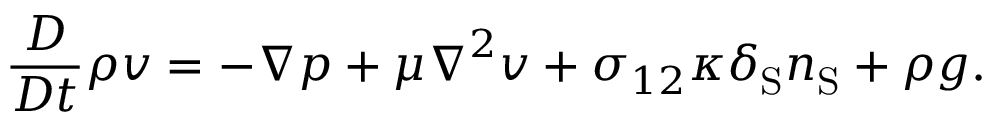
\frac { D } { D t } \rho \boldsymbol { v } = - \boldsymbol { \nabla } p + \mu \boldsymbol { \nabla } ^ { 2 } \boldsymbol { v } + \sigma _ { 1 2 } \kappa \delta _ { \mathrm { { S } } } \boldsymbol { n } _ { \mathrm { { S } } } + \rho \boldsymbol { g } .